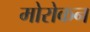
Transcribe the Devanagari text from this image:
मोरोकन